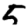
Digit: 5